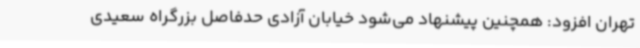
تهران افزود: همچنین پیشنهاد می‌شود خیابان آزادی حدفاصل بزرگراه سعیدی